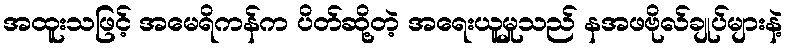
အထူးသဖြင့် အမေရိကန်က ပိတ်ဆို့တဲ့ အရေးယူမှုသည် နအဖဗိုလ်ချုပ်များနဲ့